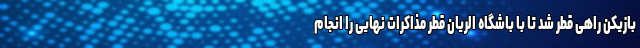
بازیکن راهی قطر شد تا با باشگاه الریان قطر مذاکرات نهایی را انجام